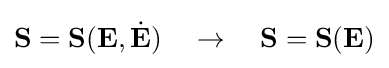
\mathbf {S} =\mathbf {S} (\mathbf {E} ,{\dot {\mathbf {E} }})\quad \rightarrow \quad \mathbf {S} =\mathbf {S} (\mathbf {E} )